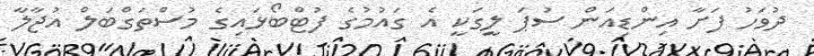
ދުވަހު ފަށާ އިންޑިއަން ސުޕަ ލީގަކީ އެ ގައުމުގެ ފުޓްބޯޅައިގެ މުސްތަގްބަލް އުޖާލާ